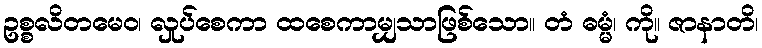
ဥစ္စလိတမေဝ၊ လှုပ်စေကာ ထစေကာမျှသာဖြစ်သော။ တံ ဓမ္မံ၊ ကို။ ဇာနာတိ၊